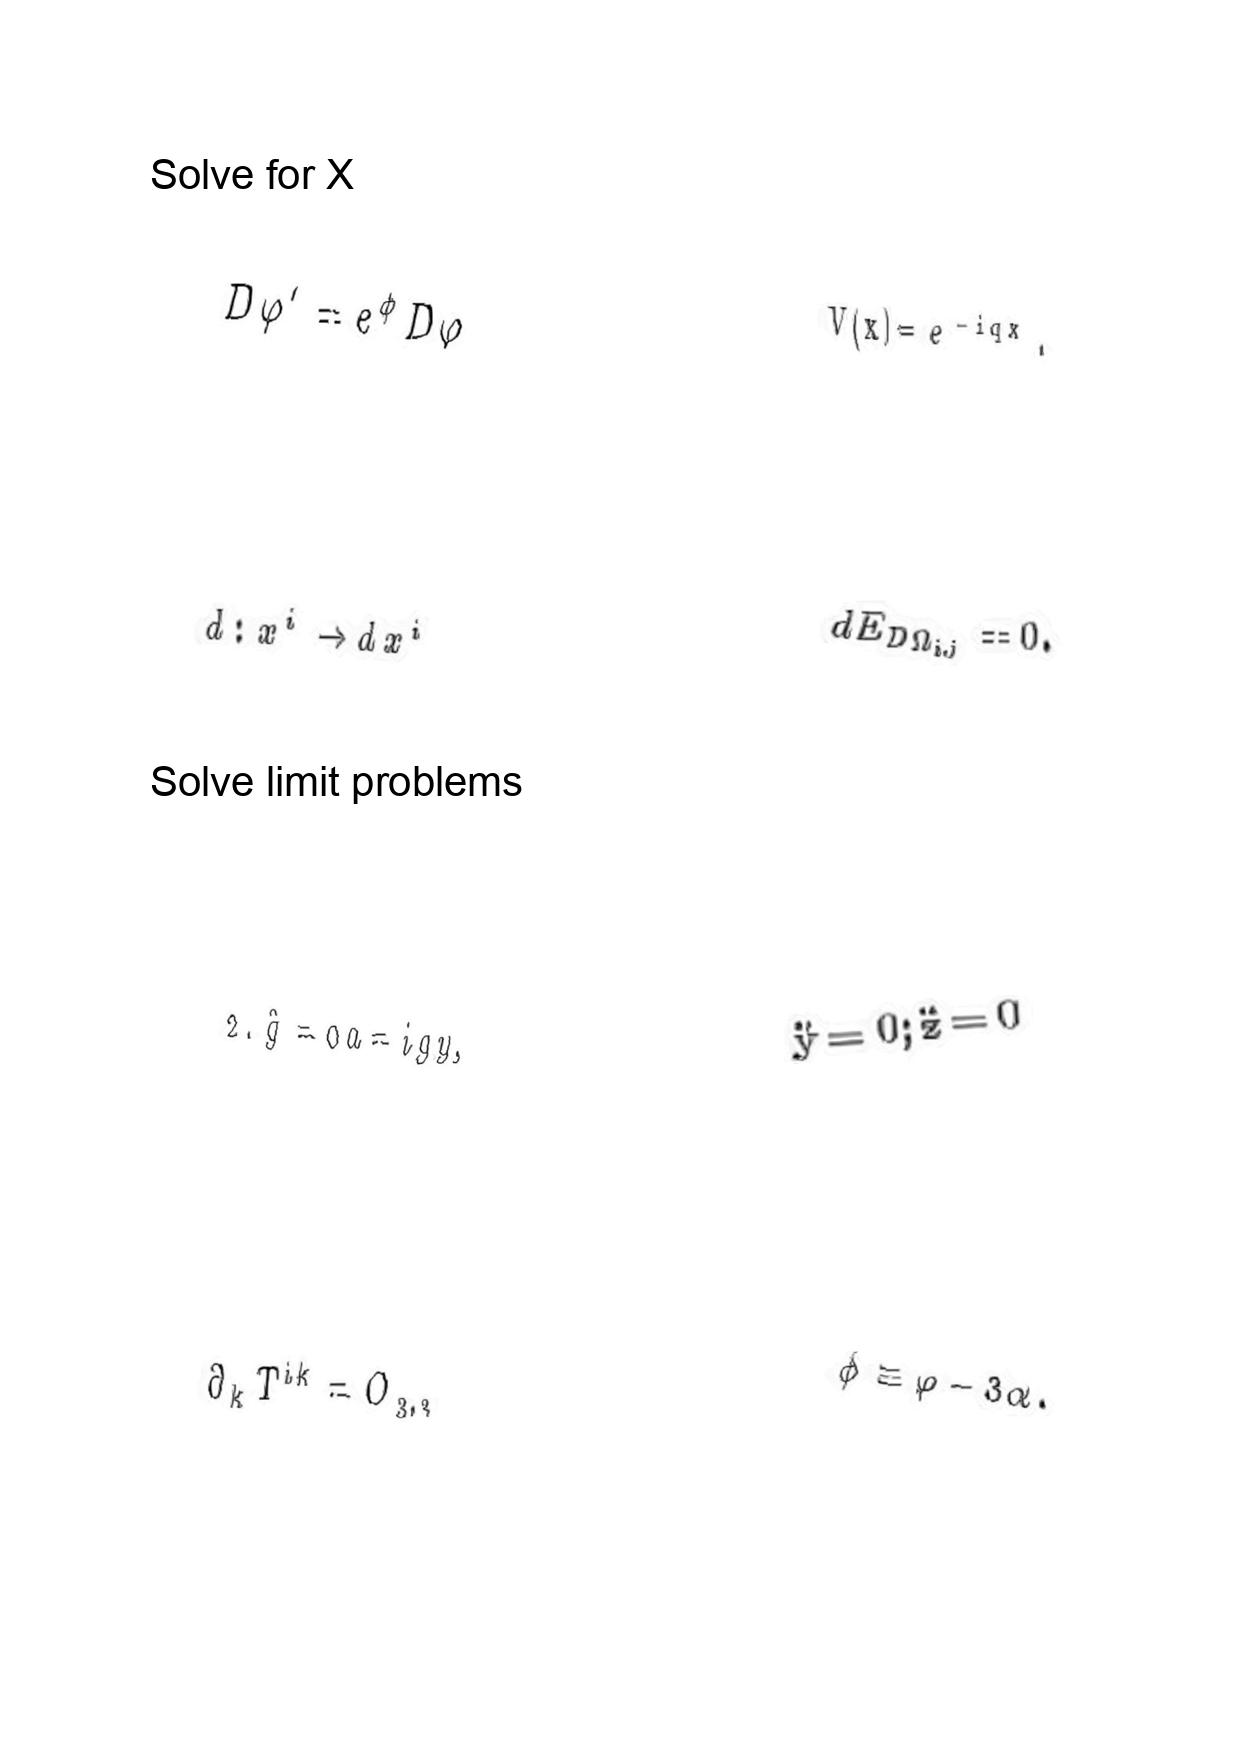
LaTeX transcription:
D \varphi ^ { \prime } = e ^ { \phi } D \varphi
d : x ^ { i } \rightarrow d x ^ { i }
2 . \hat { g } = 0 a = i g y ,
\partial _ { k } T ^ { i k } = O _ { 3 , 3 }
V \lparen x \rparen = e ^ { - i q x } .
d E _ { D \Omega _ { i , j } } = 0 .
\ddot { y } = 0 ; \ddot { z } = 0
\bar { \phi } \equiv \varphi - 3 \alpha .